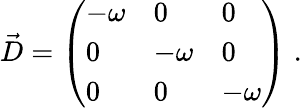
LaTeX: \vec{D}=\left(\begin{array}{lll}{-{\omega}}&{0}&{0}\\ {0}&{-{\omega}}&{0}\\ {0}&{0}&{-{\omega}}\end{array}\right)\; .